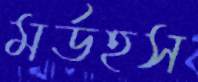
মর্ডহস